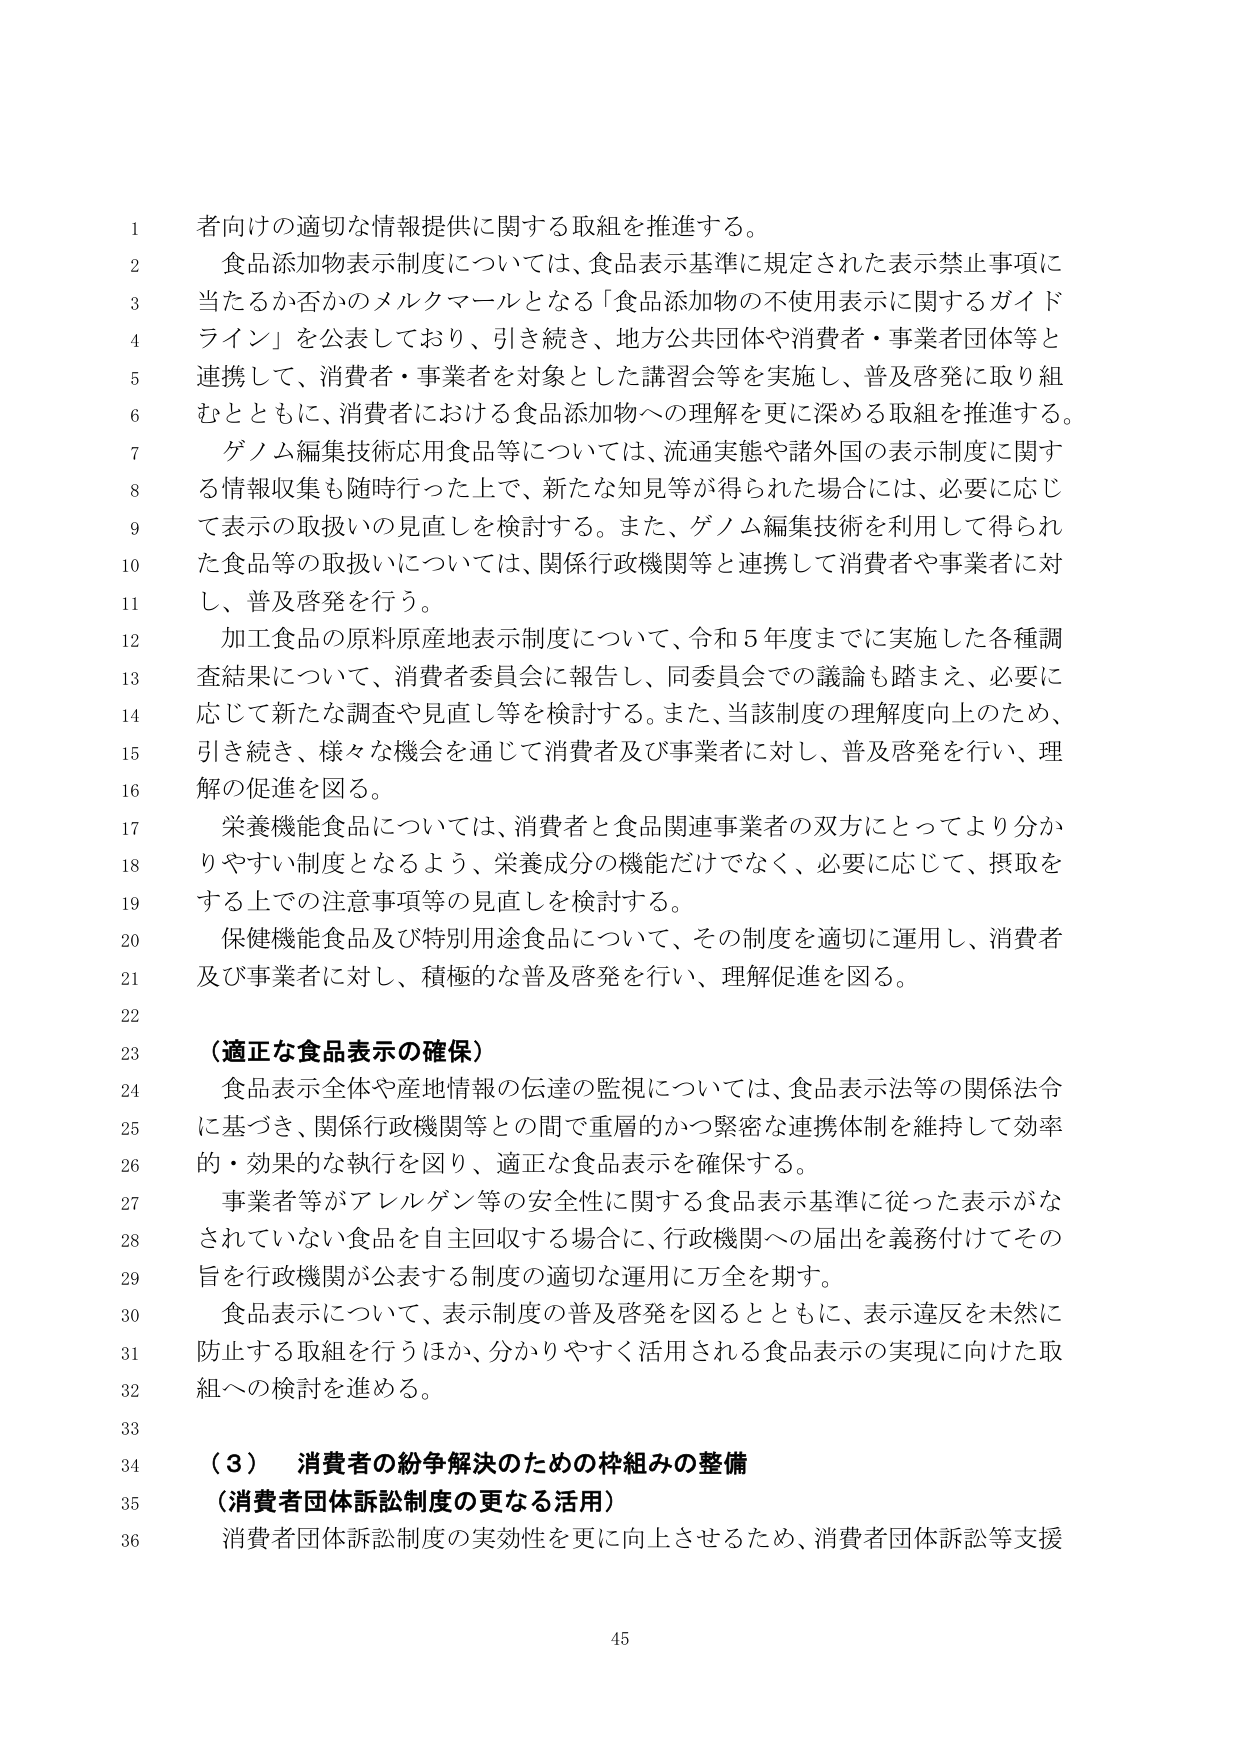
者向けの適切な情報提供に関する取組を推進する。

食品添加物表示制度については、食品表示基準に規定された表示禁止事項に当たるか否かのメルクマールとなる「食品添加物の不使用表示に関するガイドライン」を公表しており、引き続き、地方公共団体や消費者・事業者団体等と連携して、消費者・事業者を対象とした講習会等を実施し、普及啓発に取り組むとともに、消費者における食品添加物への理解を更に深める取組を推進する。

ゲノム編集技術応用食品等については、流通実態や諸外国の表示制度に関する情報収集も随時行った上で、新たな知見等が得られた場合には、必要に応じて表示の取扱いの見直しを検討する。また、ゲノム編集技術を利用して得られた食品等の取扱いについては、関係行政機関等と連携して消費者や事業者に対し、普及啓発を行う。

加工食品の原料原産地表示制度について、令和５年度までに実施した各種調査結果について、消費者委員会に報告し、同委員会での議論も踏まえ、必要に応じて新たな調査や見直し等を検討する。また、当該制度の理解度向上のため、引き続き、様々な機会を通じて消費者及び事業者に対し、普及啓発を行い、理解の促進を図る。

栄養機能食品については、消費者と食品関連事業者の双方にとってより分かりやすい制度となるよう、栄養成分の機能だけでなく、必要に応じて、摂取をする上での注意事項等の見直しを検討する。

保健機能食品及び特別用途食品について、その制度を適切に運用し、消費者及び事業者に対し、積極的な普及啓発を行い、理解促進を図る。

（適正な食品表示の確保）

食品表示全体や産地情報の伝達の監視については、食品表示法等の関係法令に基づき、関係行政機関等との間で重層的かつ緊密な連携体制を維持して効率的・効果的な執行を図り、適正な食品表示を確保する。

事業者等がアレルゲン等の安全性に関する食品表示基準に従った表示がなされていない食品を自主回収する場合に、行政機関への届出を義務付けてその旨を行政機関が公表する制度の適切な運用に万全を期す。

食品表示について、表示制度の普及啓発を図るとともに、表示違反を未然に防止する取組を行うほか、分かりやすく活用される食品表示の実現に向けた取組への検討を進める。

（３） 消費者の紛争解決のための枠組みの整備

（消費者団体訴訟制度の更なる活用）

消費者団体訴訟制度の実効性を更に向上させるため、消費者団体訴訟等支援

45